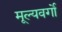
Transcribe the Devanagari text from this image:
मूल्यवर्गो